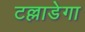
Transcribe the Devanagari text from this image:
टल्लाडेगा